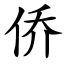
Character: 侨